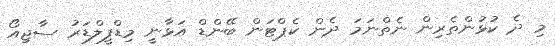
މި ދެ ކުޅުންތެރިން ނެތްނަމަ ދެން ކެޕްޓަން ބޭންޑް އަޅާނީ މިޑްފީލްޑަރު ސާޖިއޯ